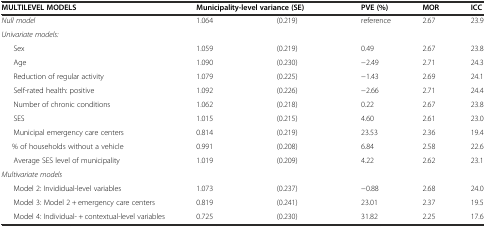
| MULTILEVEL MODELS | <COLSPAN=2> Municipality-level variance (SE) | PVE (%) | MOR | ICC |
 | --- | --- | --- | --- | --- | --- |
 | Null model | 1.064 | (0.219) | reference | 2.67 | 23.9 |
 | Univariate models: |  |  |  |  |  |
 | Sex | 1.059 | (0.219) | 0.49 | 2.67 | 23.8 |
 | Age | 1.090 | (0.230) | -2.49 | 2.71 | 24.3 |
 | Reduction of regular activity | 1.079 | (0.225) | -1.43 | 2.69 | 24.1 |
 | Self-rated health: positive | 1.092 | (0.226) | -2.66 | 2.71 | 24.4 |
 | Number of chronic conditions | 1.062 | (0.218) | 0.22 | 2.67 | 23.8 |
 | SES | 1.015 | (0.215) | 4.60 | 2.61 | 23.0 |
 | Municipal emergency care centers | 0.814 | (0.219) | 23.53 | 2.36 | 19.4 |
 | % of households without a vehicle | 0.991 | (0.208) | 6.84 | 2.58 | 22.6 |
 | Average SES level of municipality | 1.019 | (0.209) | 4.22 | 2.62 | 23.1 |
 | Multivariate models |  |  |  |  |  |
 | Model 2: Invididual-level variables | 1.073 | (0.237) | -0.88 | 2.68 | 24.0 |
 | Model 3: Model 2 + emergency care centers | 0.819 | (0.241) | 23.01 | 2.37 | 19.5 |
 | Model 4: Individual- + contextual-level variables | 0.725 | (0.230) | 31.82 | 2.25 | 17.6 |